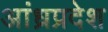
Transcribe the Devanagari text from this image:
अांध्रप्रदेश